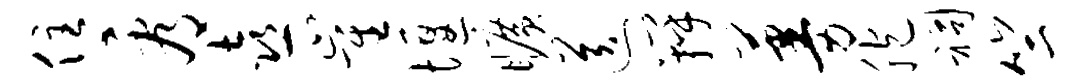
住看喜崔堰旷送瓣蔓胞祠竺